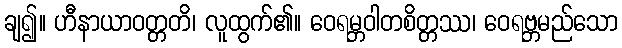
ချ၍။ ဟီနာယာဝတ္တတိ၊ လူထွက်၏။ ဝေရမ္ဘဝါတစိတ္တဿ၊ ဝေရဗ္ဘမည်သော